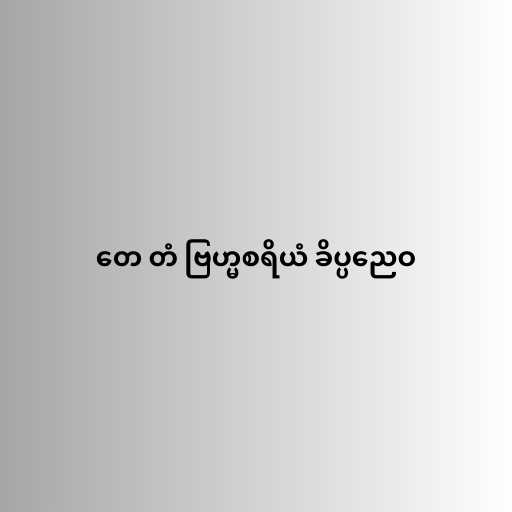
တေ တံ ဗြဟ္မစရိယံ ခိပ္ပညေဝ